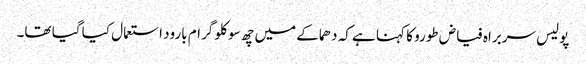
پولیس سربراہ فیاض طورو کا کہنا ہے کہ دھماکے میں چھ سو کلو گرام بارود استعمال کیا گیا تھا۔